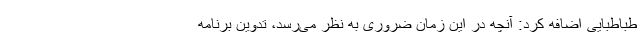
طباطبایی اضافه کرد: آنچه در این زمان ضروری به نظر می‌رسد، تدوین برنامه